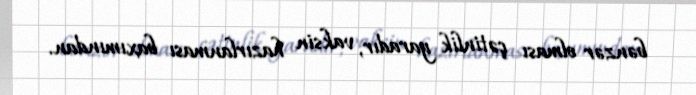
bənzər olması çətinlik yaradır, vaksin hazırlanması baxımından.